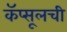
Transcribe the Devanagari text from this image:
कॅप्सूलची